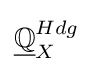
{\underline {\mathbb {Q} }}_{X}^{Hdg}